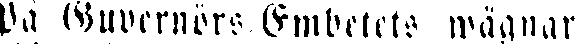
På Guvernörs Embetets wägnar